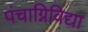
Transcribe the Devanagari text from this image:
पंचाग्निविद्या